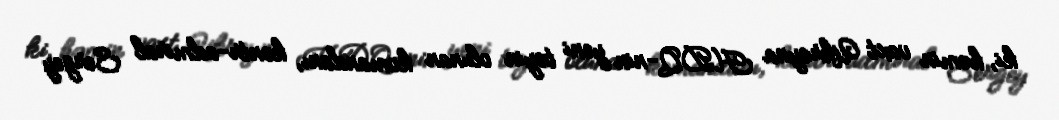
ki, həmin vaxt Ukrayna HDQ-nin yeni təyin olunan komandanı, kontr-admiral Sergey